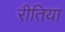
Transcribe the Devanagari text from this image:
रीतिया